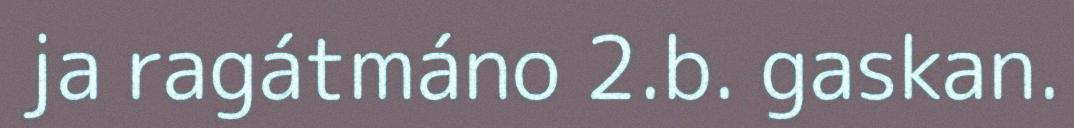
ja ragátmáno 2.b. gaskan.